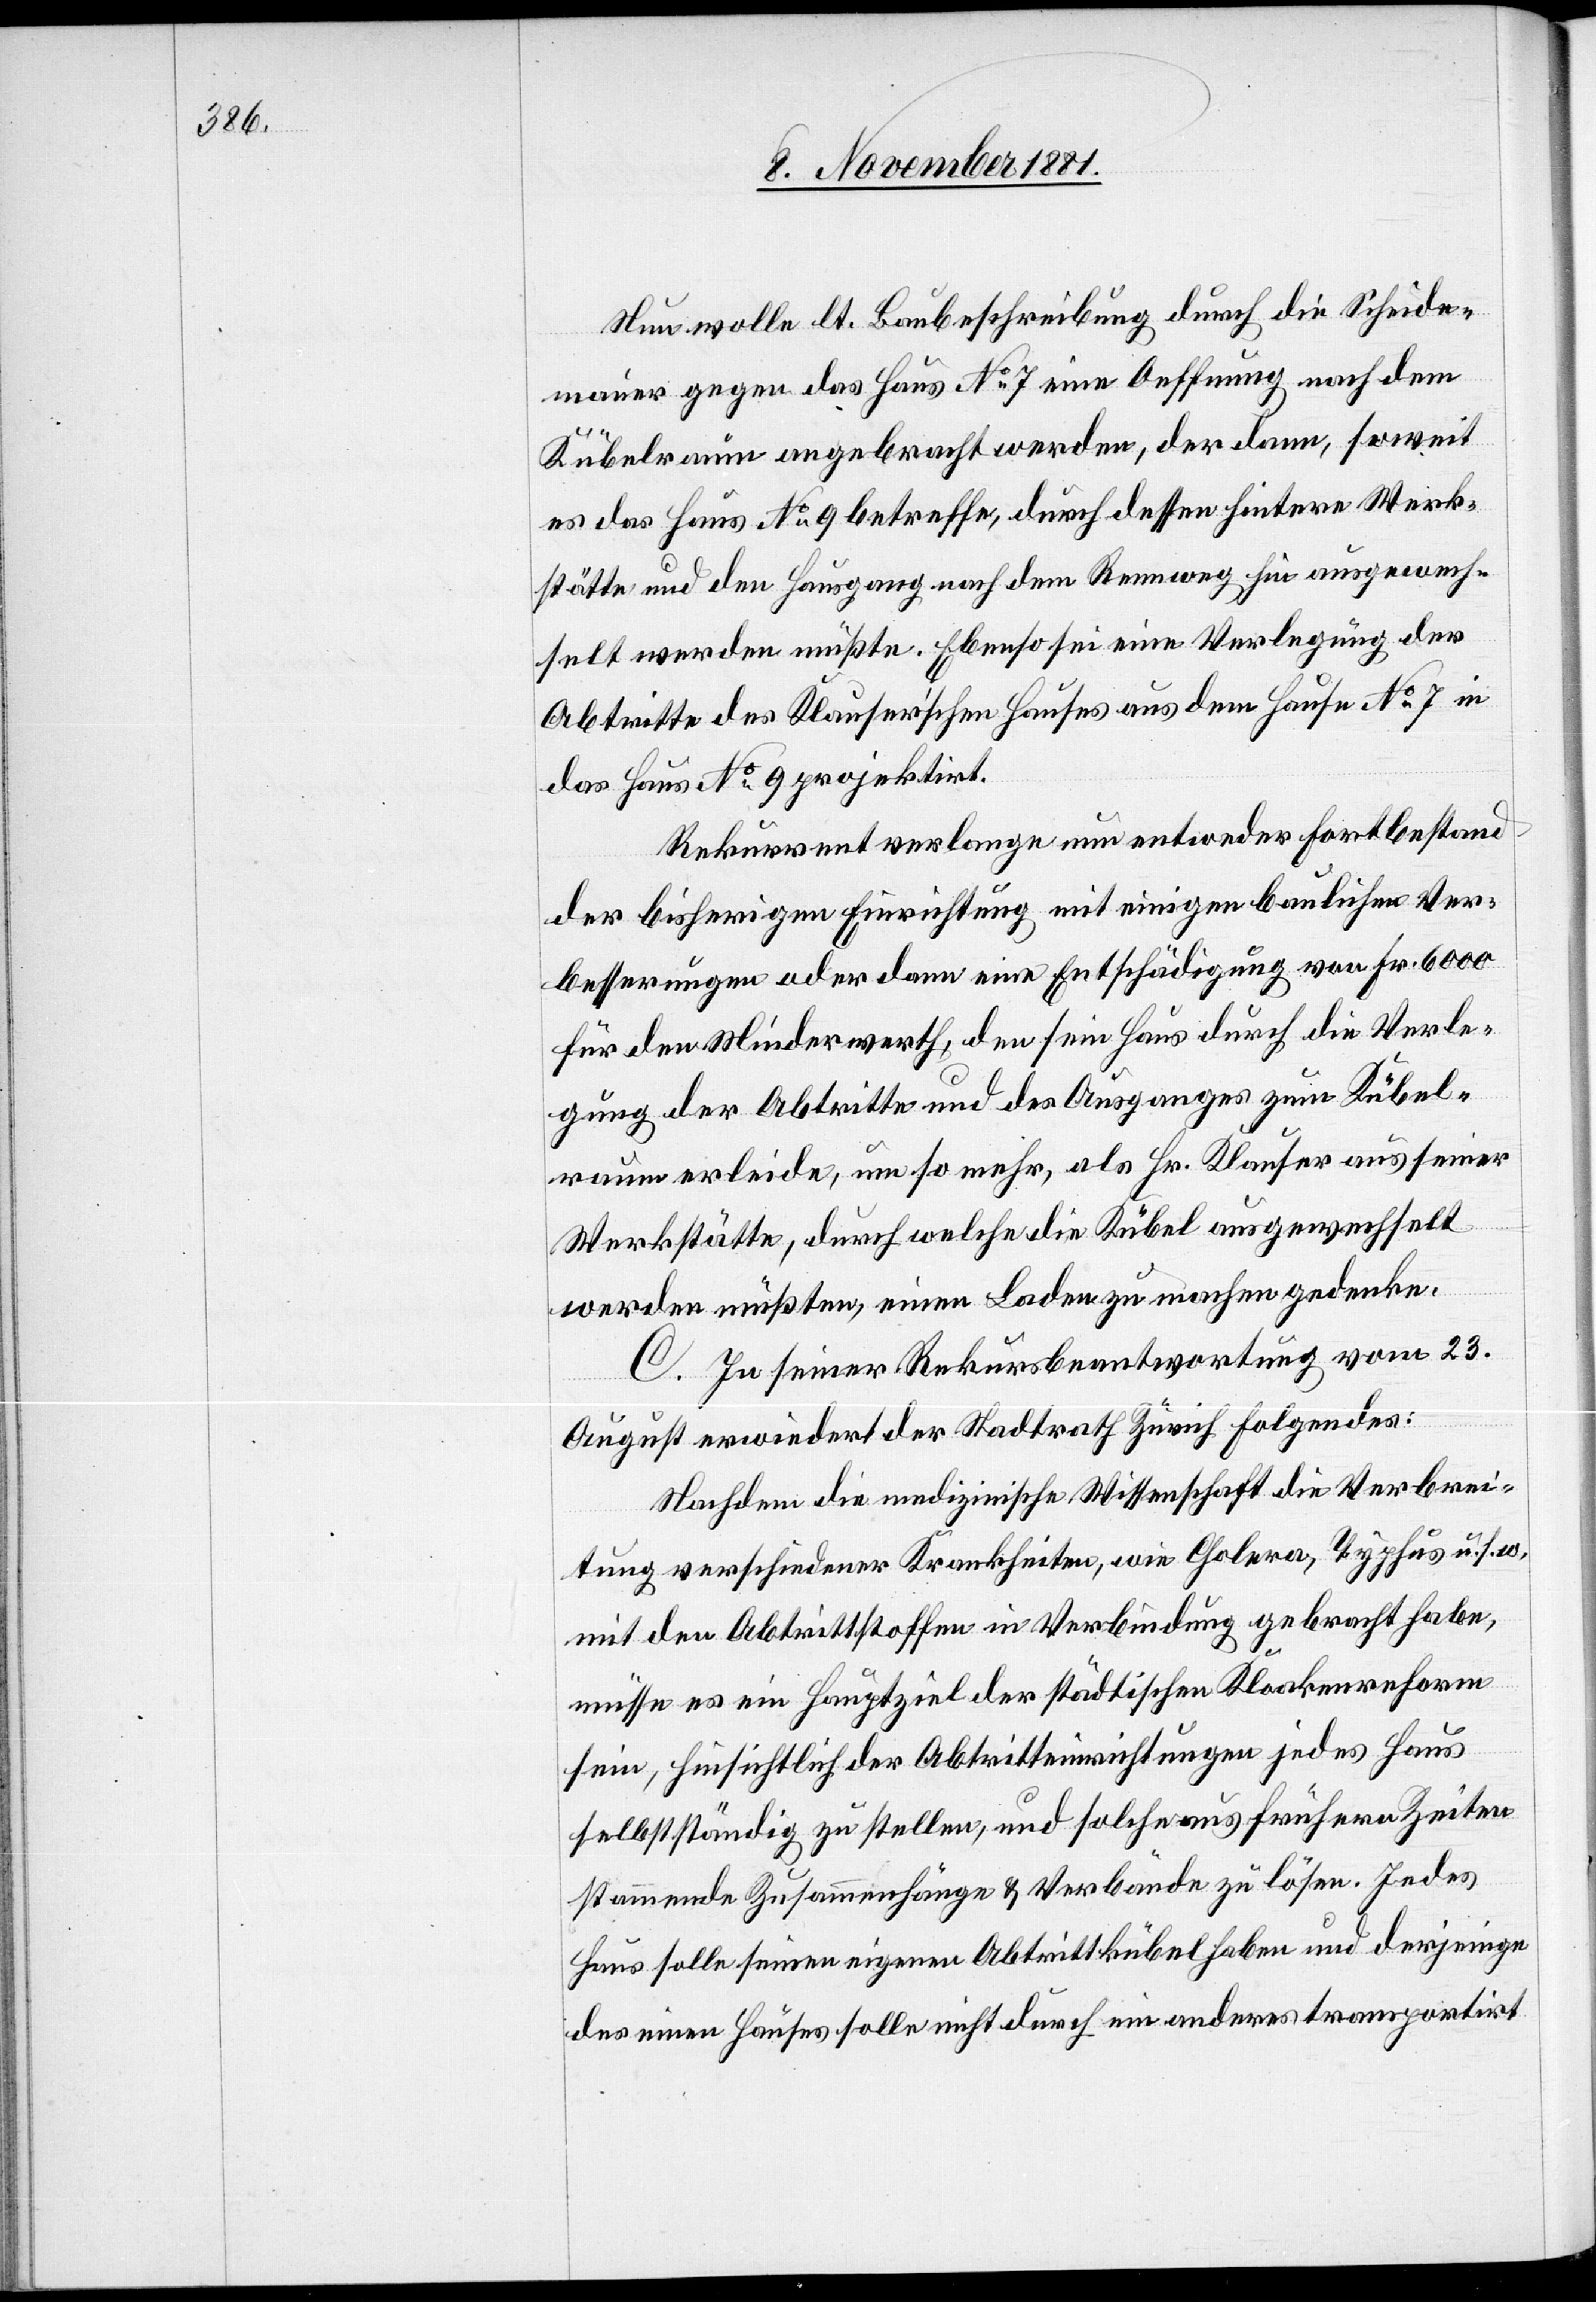
Nun wolle lt. Baubeschreibung durch die Scheide¬
mauer gegen das Haus No 7 eine Oeffnung nach dem
Kübelraum angebracht werden, der dann, soweit
es das Haus No 9 betreffe, durch dessen hintere Werk¬
stätte und den Hausgang nach dem Rennweg hin ausgewech¬
selt werden müßte. Ebenso sei eine Verlegung der
Abtritte des Klauser’schen Hauses aus dem Hause No 7 in
das Haus No 9 projektirt.
Rekurrent verlange nun entweder Fortbestand
der bisherigen Einrichtung mit einigen baulichen Ver¬
besserungen oder dann eine Entschädigung von Fr. 6000
für den Minderwerth, den sein Haus durch die Verle¬
gung der Abtritte und des Ausganges zum Kübel¬
raum erleide, um so mehr, als Hr. Klauser aus seiner
Werkstätte, durch welche die Kübel ausgewechselt
werden müßten, einen Laden zu machen gedenke.
C. In seiner Rekursbeantwortung vom 23.
August erwiedert der Stadtrath Zürich Folgendes:
Nachdem die medizinische Wissenschaft die Verbrei¬
tung verschiedener Krankheiten, wie Cholera, Typhus, u. s. w.
mit den Abtrittstoffen in Verbindung gebracht habe,
müsse es ein Hauptziel der städtischen Kloakenreform
sein, hinsichtlich der Abtritteinrichtungen jedes Haus
selbstständig zu stellen, und solche aus frühern Zeiten
stammende Zusammenhänge & Verbände zu lösen. Jedes
Haus solle seinen eigenen Abtrittkübel haben und derjenige
des einen Hauses solle nicht durch ein anderes transportirt